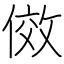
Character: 傚